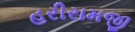
હરીરામજી